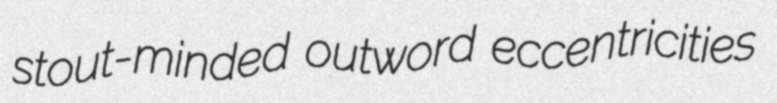
stout-minded outword eccentricities